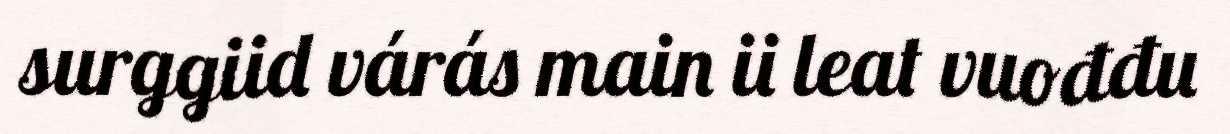
surggiid várás main ii leat vuođđu